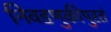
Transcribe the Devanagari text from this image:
निवडणुकीपुरतं